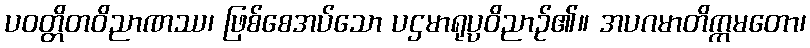
ပဝတ္တိတဝိညာဏဿ၊ ဖြစ်စေအပ်သော ပဌမာရုပ္ပဝိညာဉ်၏။ အပဂမာတိက္ကမတော၊